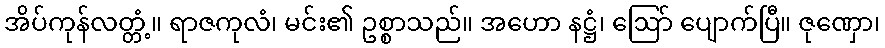
အိပ်ကုန်လတ္တံ့။ ရာဇကုလံ၊ မင်း၏ ဥစ္စာသည်။ အဟော နဋ္ဌံ၊ ဩော် ပျောက်ပြီ။ ဇုဏှော၊